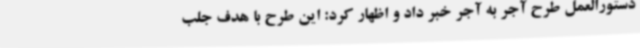
دستورالعمل طرح آجر به آجر خبر داد و اظهار کرد: این طرح با هدف جلب